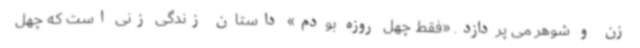
زن و شوهر می پردازد. «فقط چهل روزه بودم» داستان زندگی زنی است که چهل